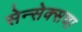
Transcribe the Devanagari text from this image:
सेन्सेक्सचा